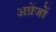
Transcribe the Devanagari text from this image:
अग्रेंजों